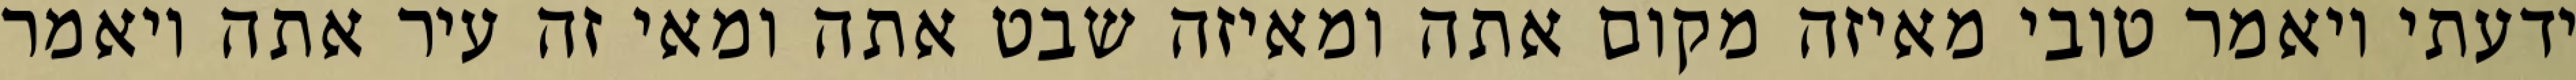
ידעתי ויאמר טובי מאיזה מקום אתה ומאיזה שבט אתה ומאי זה עיר אתה ויאמר